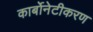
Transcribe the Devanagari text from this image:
कार्बोनेटीकरण